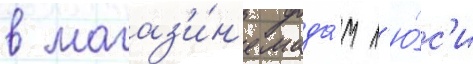
в магаз'и́н'е мада́м л'ю́с'и